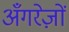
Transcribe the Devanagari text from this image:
अँगरेज़ों